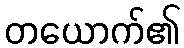
တယောက်၏